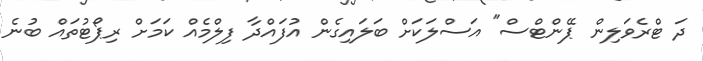
ދަ ޓްރެވަލިން ޕޭންޓްސް" އަސްލަކަށް ބަލައިގެން އުފައްދާ ފިލްމެއް ކަމަށް ރިޕޯޓުތައް ބުނެ